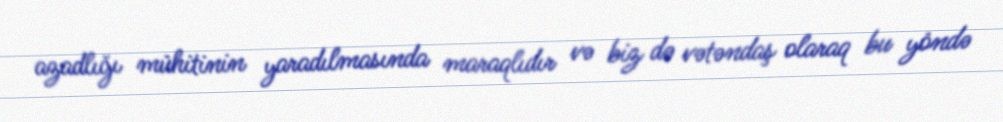
azadlığı mühitinin yaradılmasında maraqlıdır və biz də vətəndaş olaraq bu yöndə